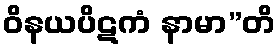
ဝိနယပိဋကံ နာမာ”တိ